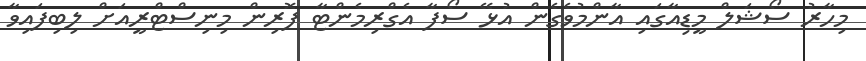
މިހާރު ސޯޝަލް މީޑިއާގައި އާންމުވެގެން އުޅޭ ސޯފާ އެގްރިމެންޓާ ފޮރިން މިނިސްޓްރީއަށް ލިބިފައިވާ